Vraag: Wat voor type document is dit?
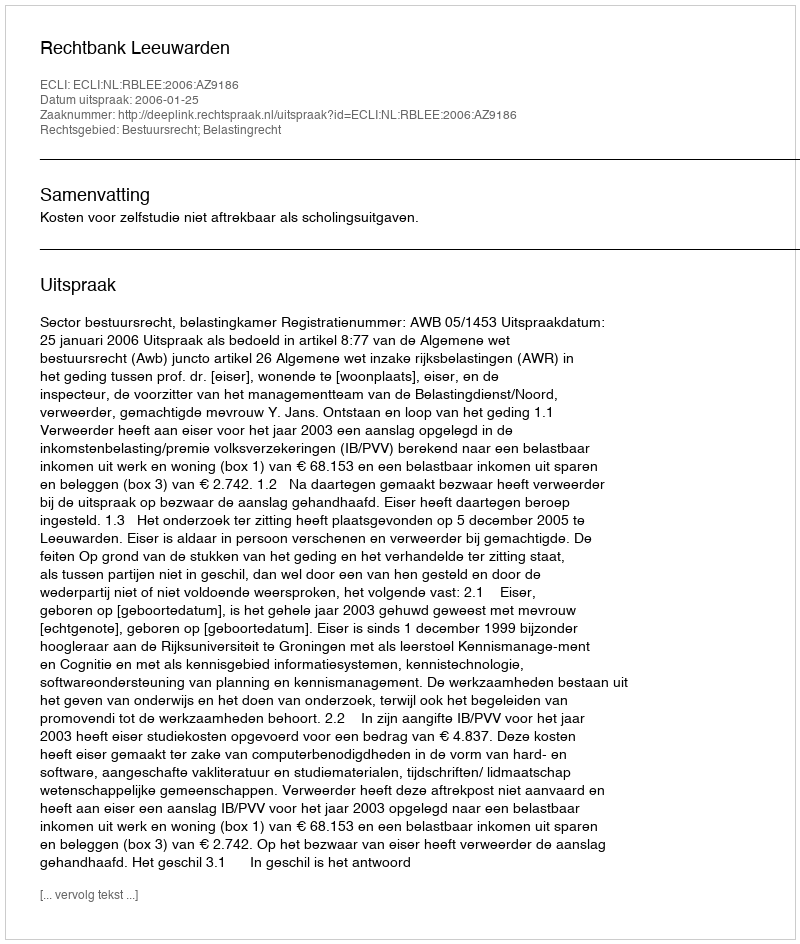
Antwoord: Uitspraak